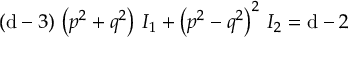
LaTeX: ( \mathrm { d } - 3 ) \, \left( p ^ { 2 } + q ^ { 2 } \right) \, { \cal I } _ { 1 } + \left( p ^ { 2 } - q ^ { 2 } \right) ^ { 2 } \, { \cal I } _ { 2 } = \mathrm { d } - 2